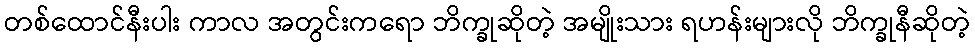
တစ်ထောင်နီးပါး ကာလ အတွင်းကရော ဘိက္ခုဆိုတဲ့ အမျိုးသား ရဟန်းများလို ဘိက္ခုနီဆိုတဲ့